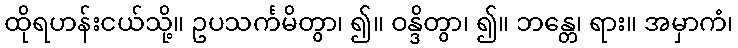
ထိုရဟန်းငယ်သို့။ ဥပသင်္ကမိတွာ၊ ၍။ ဝန္ဒိတွာ၊ ၍။ ဘန္တေ၊ ရား။ အမှာကံ၊